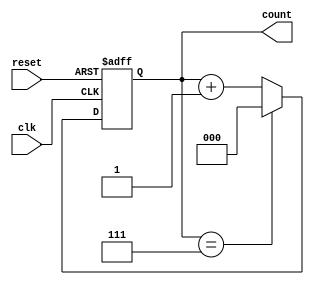
module mod_n_async_counter #(parameter N = 8) (
    input wire clk,            // Clock input
    input wire reset,          // Asynchronous reset input
    output reg [2:0] count     // 3-bit counter output (for N=8)
);

// Asynchronous reset and counting logic
always @(posedge clk or posedge reset) begin
    if (reset) begin
        count <= 3'b000;       // Reset counter to 0
    end else begin
        if (count == N-1) begin
            count <= 3'b000;   // Reset counter when reaching N
        end else begin
            count <= count + 1; // Increment counter
        end
    end
end

endmodule